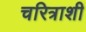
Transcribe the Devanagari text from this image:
चरित्राशी